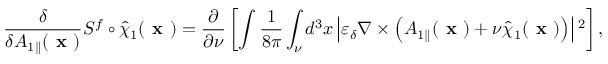
\frac { \delta } { \delta { A } _ { 1 \parallel } ( \textbf { x } ) } S ^ { f } \circ \hat { \chi } _ { 1 } ( \textbf { x } ) = \frac { \partial } { \partial \nu } \left[ \intop \frac { 1 } { 8 \pi } \int _ { \nu } d ^ { 3 } x \left| \varepsilon _ { \delta } \nabla \times \left( { A } _ { 1 \parallel } ( \textbf { x } ) + \nu \hat { \chi } _ { 1 } ( \textbf { x } ) \right) \right| { } ^ { 2 } \right] ,